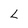
Character: L